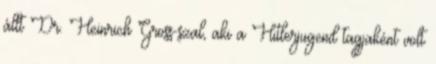
állt Dr. Heinrich Gross-szal, aki a Hitlerjugend tagjaként volt